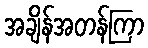
အချိန်အတန်ကြာ